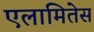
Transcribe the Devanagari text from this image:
एलामितेस